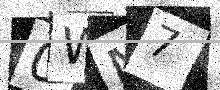
Text: 0WN7